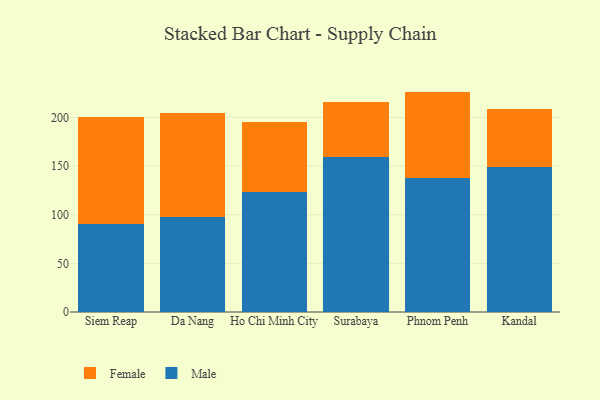
{"axis": {"x": "City", "y": "Active Users"}, "legend": ["Female", "Male"], "data": [{"x": "Siem Reap", "y": 90.0, "type": "Male"}, {"x": "Siem Reap", "y": 110.8, "type": "Female"}, {"x": "Da Nang", "y": 98.1, "type": "Male"}, {"x": "Da Nang", "y": 106.8, "type": "Female"}, {"x": "Ho Chi Minh City", "y": 123.7, "type": "Male"}, {"x": "Ho Chi Minh City", "y": 71.4, "type": "Female"}, {"x": "Surabaya", "y": 159.0, "type": "Male"}, {"x": "Surabaya", "y": 56.6, "type": "Female"}, {"x": "Phnom Penh", "y": 137.4, "type": "Male"}, {"x": "Phnom Penh", "y": 89.2, "type": "Female"}, {"x": "Kandal", "y": 149.2, "type": "Male"}, {"x": "Kandal", "y": 59.4, "type": "Female"}]}